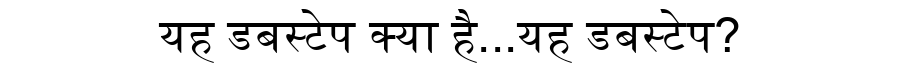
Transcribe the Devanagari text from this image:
यह डबस्टेप क्या है...यह डबस्टेप?